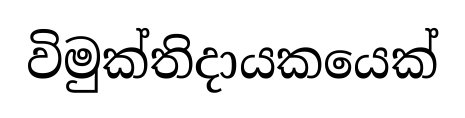
විමුක්තිදායකයෙක්